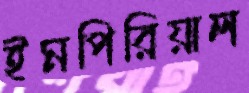
ইমপিরিয়াল